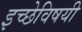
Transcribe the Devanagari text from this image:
इच्छेविषयी